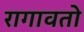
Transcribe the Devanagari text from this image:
रागावतो